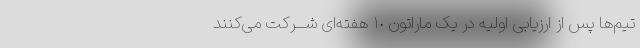
تیم‌ها پس از ارزیابی اولیه در یک ماراتون ١٠ هفته‌ای شـــرکت می‌کنند